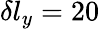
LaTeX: \delta l_{y}=20